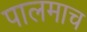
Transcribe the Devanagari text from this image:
पालमाच